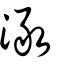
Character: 澉